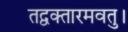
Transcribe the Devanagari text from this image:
तद्वक्तारमवतु।